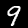
Digit: 9